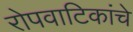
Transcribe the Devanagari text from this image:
रोपवाटिकांचे